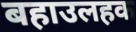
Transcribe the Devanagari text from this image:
बहाउलहक